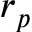
r _ { p }